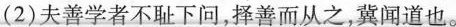
（2）夫善学者不耻下问，择善而从之，冀闻道也。